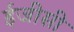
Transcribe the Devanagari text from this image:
ईजीसी